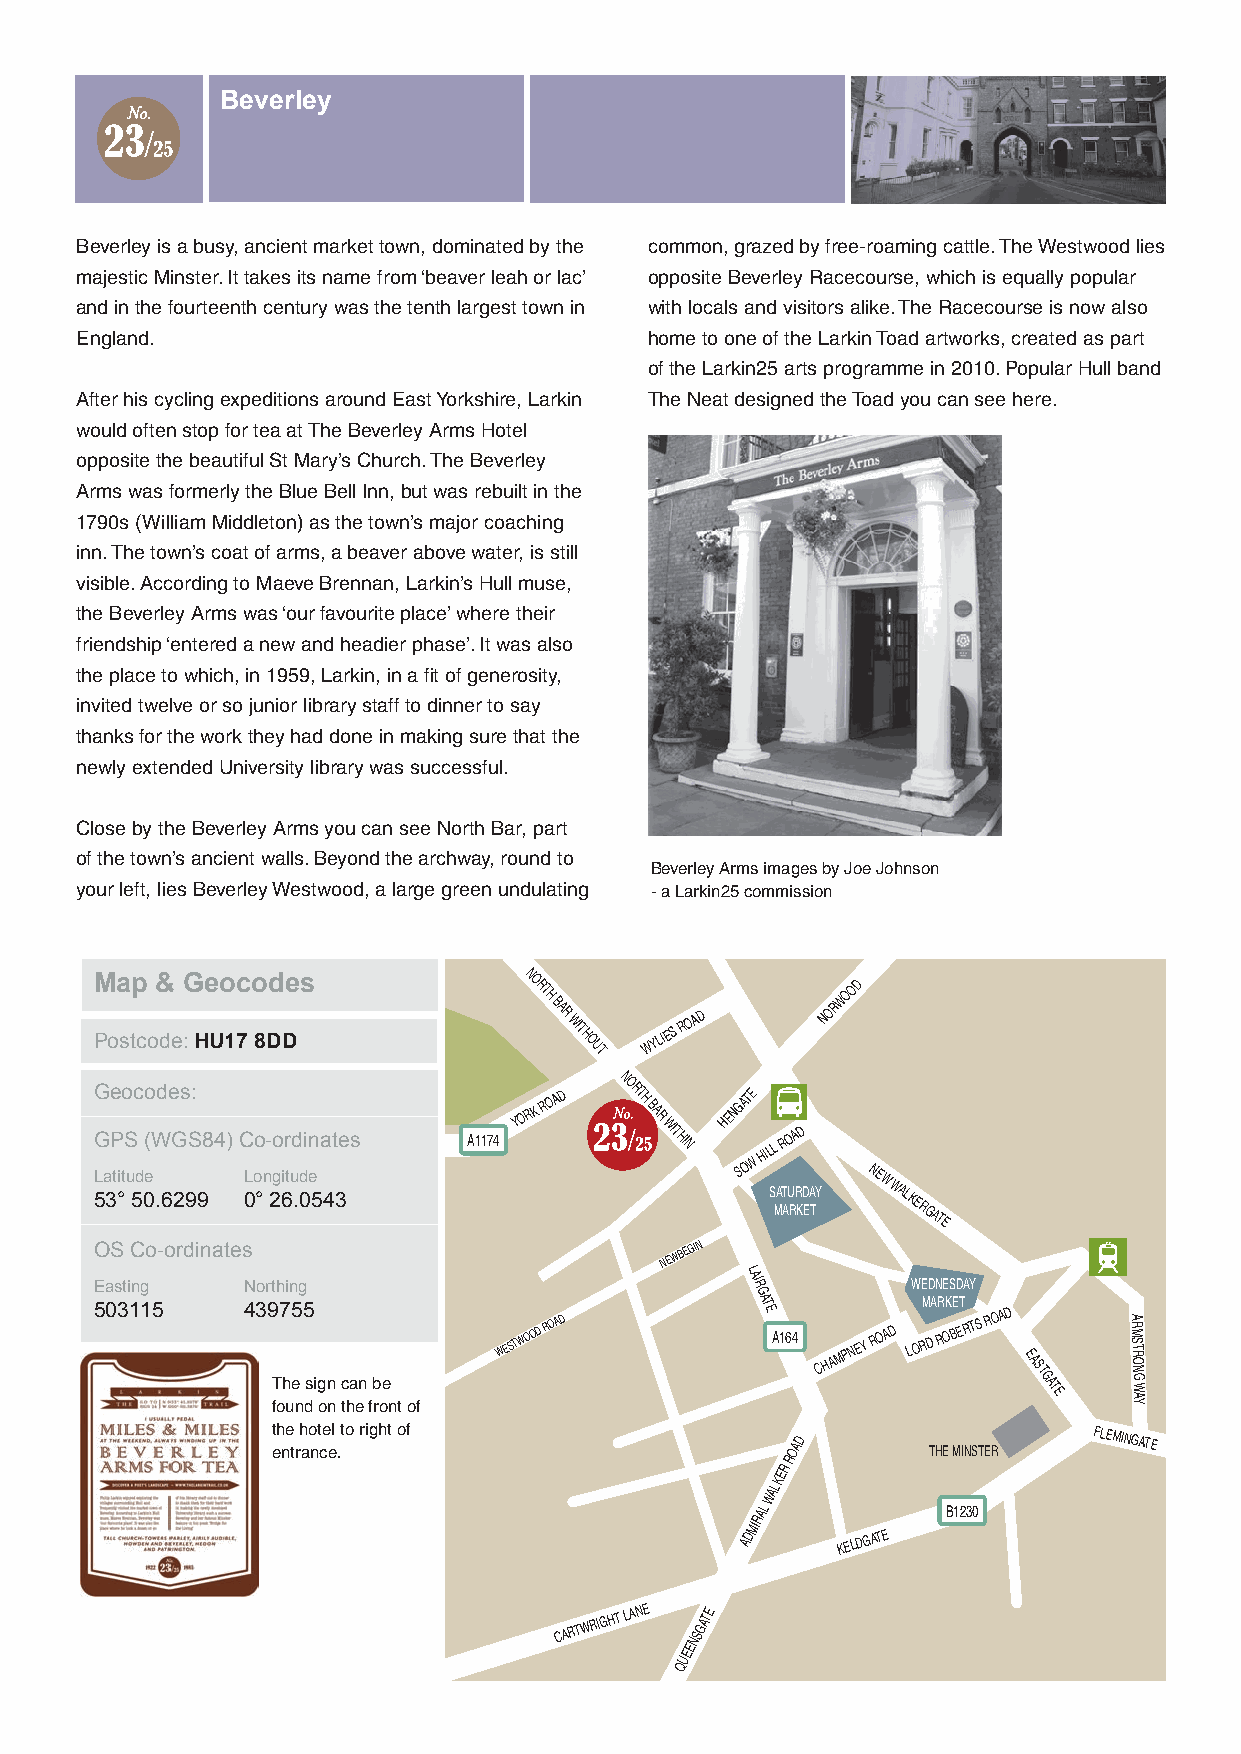
Beverley
 Beverley is a busy, ancient market town, dominated by the common, grazed by free-roaming cattle. The Westwood lies
 majestic Minster. It takes its name from ‘beaver leah or lac’ opposite Beverley Racecourse, which is equally popular
 and in the fourteenth century was the tenth largest town in with locals and visitors alike. The Racecourse is now also
 England.                              home to one of the Larkin Toad artworks, created as part
 of the Larkin25 arts programme in 2010. Popular Hull band
 After his cycling expeditions around East Yorkshire, Larkin The Neat designed the Toad you can see here.
 would often stop for tea at The Beverley Arms Hotel
 opposite the beautiful St Mary’s Church. The Beverley
 Arms was formerly the Blue Bell Inn, but was rebuilt in the
 1790s (William Middleton) as the town’s major coaching
 inn. The town’s coat of arms, a beaver above water, is still
 visible. According to Maeve Brennan, Larkin’s Hull muse,
 the Beverley Arms was ‘our favourite place’ where their
 friendship ‘entered a new and headier phase’. It was also
 the place to which, in 1959, Larkin, in a fit of generosity,
 invited twelve or so junior library staff to dinner to say
 thanks for the work they had done in making sure that the
 newly extended University library was successful.
 Close by the Beverley Arms you can see North Bar, part
 of the town’s ancient walls. Beyond the archway, round to
 Beverley Arms images by Joe Johnson
 your left, lies Beverley Westwood, a large green undulating - a Larkin25 commission
 M Poa stp
 co
 &
 de
 :G He Uo 1c
 7
 o 8Dd Des         NORTH
 BAR
 WITHOUT WYLIES
 ROAD
 NORWOOD
 G
 G
 L 5a
 3e
 P
 ti
 °to
 S
 u
 5c
 d
 0eo
 (W
 .d 6e
 G
 2s 9S:
 98 4) C
 L
 0oo
 °n
 - 2go
 i
 6tr ud
 .d
 0i en 5a 4t 3es A1174
 YORK
 ROAD
 NORTH
 BAR
 WITHIN
 HENG SA
 OTE
 W
 HIL SL
 M
 ATR AUO RA
 R
 KD
 D EA TY
 NEW
 WALKERGATE
 OS Co-ordinates                       NEWBEGIN
 Easting   Northing
 LAIR
 WEDNESDAY
 503115    439
 T
 fo7
 h
 ue5
 n
 5
 ds ig on
 n
 c tha en fb roe
 n t of
 WESTWOOD ROAD
 G ATE
 A164
 C
 HAMPNEY R OAD
 LOM RDA R RK OE BT
 ERTS
 ROAD
 EAST
 GATE
 A R M S T
 R O N
 G
 W
 AY
 t eh ne
 t
 rh ao nt ce el .to right of
 OAD
 THE MINSTER
 FLEMINGATE
 R
 R
 WALKE
 RAL          B1230
 ADMI
 KELDGATE
 CARTWRIGHT LANE NSGATE
 UEE
 Q
 A164